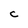
Character: C